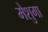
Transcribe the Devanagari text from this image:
मेशुगा